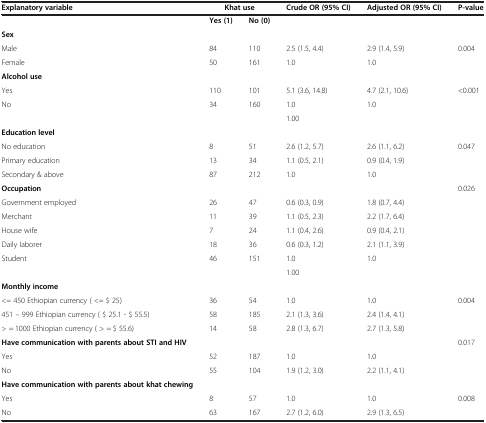
<table><thead><tr><td><b>Explanatory variable</b></td><td colspan="2"><b>Khat use</b></td><td><b>Crude OR (95% CI)</b></td><td><b>Adjusted OR (95% CI)</b></td><td><b>P-value</b></td></tr></thead><tbody><tr><td> </td><td><b>Yes (1)</b></td><td><b>No (0)</b></td><td> </td><td> </td><td> </td></tr><tr><td><b>Sex</b></td><td> </td><td> </td><td> </td><td> </td><td> </td></tr><tr><td>Male</td><td>84</td><td>110</td><td>2.5 (1.5, 4.4)</td><td>2.9 (1.4, 5.9)</td><td>0.004</td></tr><tr><td>Female</td><td>50</td><td>161</td><td>1.0</td><td>1.0</td><td> </td></tr><tr><td><b>Alcohol use</b></td><td> </td><td> </td><td> </td><td> </td><td> </td></tr><tr><td>Yes</td><td>110</td><td>101</td><td>5.1 (3.6, 14.8)</td><td>4.7 (2.1, 10.6)</td><td>&lt;0.001</td></tr><tr><td>No</td><td>34</td><td>160</td><td>1.0</td><td>1.0</td><td> </td></tr><tr><td> </td><td> </td><td> </td><td>1.00</td><td> </td><td> </td></tr><tr><td><b>Education level</b></td><td> </td><td> </td><td> </td><td> </td><td> </td></tr><tr><td>No education</td><td>8</td><td>51</td><td>2.6 (1.2, 5.7)</td><td>2.6 (1.1, 6.2)</td><td>0.047</td></tr><tr><td>Primary education</td><td>13</td><td>34</td><td>1.1 (0.5, 2.1)</td><td>0.9 (0.4, 1.9)</td><td> </td></tr><tr><td>Secondary &amp; above</td><td>87</td><td>212</td><td>1.0</td><td>1.0</td><td> </td></tr><tr><td><b>Occupation</b></td><td> </td><td> </td><td> </td><td> </td><td>0.026</td></tr><tr><td>Government employed</td><td>26</td><td>47</td><td>0.6 (0.3, 0.9)</td><td>1.8 (0.7, 4.4)</td><td> </td></tr><tr><td>Merchant</td><td>11</td><td>39</td><td>1.1 (0.5, 2.3)</td><td>2.2 (1.7, 6.4)</td><td> </td></tr><tr><td>House wife</td><td>7</td><td>24</td><td>1.1 (0.4, 2.6)</td><td>0.9 (0.4, 2.1)</td><td> </td></tr><tr><td>Daily laborer</td><td>18</td><td>36</td><td>0.6 (0.3, 1.2)</td><td>2.1 (1.1, 3.9)</td><td> </td></tr><tr><td>Student</td><td>46</td><td>151</td><td>1.0</td><td>1.0</td><td> </td></tr><tr><td> </td><td> </td><td> </td><td>1.00</td><td> </td><td> </td></tr><tr><td><b>Monthly income</b></td><td> </td><td> </td><td> </td><td> </td><td> </td></tr><tr><td>&lt;= 450 Ethiopian currency ( &lt;= $ 25)</td><td>36</td><td>54</td><td>1.0</td><td>1.0</td><td>0.004</td></tr><tr><td>451 – 999 Ethiopian currency ( $ 25.1 - $ 55.5)</td><td>58</td><td>185</td><td>2.1 (1.3, 3.6)</td><td>2.4 (1.4, 4.1)</td><td> </td></tr><tr><td>&gt; = 1000 Ethiopian currency ( &gt; = $ 55.6)</td><td>14</td><td>58</td><td>2.8 (1.3, 6.7)</td><td>2.7 (1.3, 5.8)</td><td> </td></tr><tr><td><b>Have communication with parents about STI and HIV</b></td><td> </td><td> </td><td> </td><td> </td><td>0.017</td></tr><tr><td>Yes</td><td>52</td><td>187</td><td>1.0</td><td>1.0</td><td> </td></tr><tr><td>No</td><td>55</td><td>104</td><td>1.9 (1.2, 3.0)</td><td>2.2 (1.1, 4.1)</td><td> </td></tr><tr><td><b>Have communication with parents about khat chewing</b></td><td> </td><td> </td><td> </td><td> </td><td> </td></tr><tr><td>Yes</td><td>8</td><td>57</td><td>1.0</td><td>1.0</td><td>0.008</td></tr><tr><td>No</td><td>63</td><td>167</td><td>2.7 (1.2, 6.0)</td><td>2.9 (1.3, 6.5)</td><td> </td></tr></tbody></table>